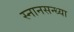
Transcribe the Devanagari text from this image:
स्नानसन्ध्या